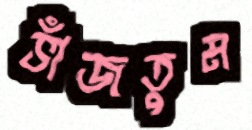
ভাঁজতুম